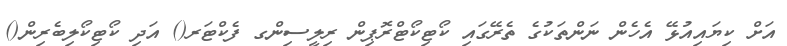
އަށް ކިޔައިއުޅޭ އެހެން ނަންތަކުގެ ތެރޭގައި ކޯޓިކޯޓްރޮޕިން ރިލީސިންގ ފެކްޓަރ() އަދި ކޯޓިކޯލިބެރިން()